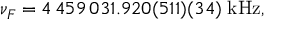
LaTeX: \nu _ { F } = 4 \, 4 5 9 \, 0 3 1 . 9 2 0 ( 5 1 1 ) ( 3 4 ) \; \mathrm { k H z } ,